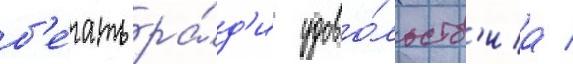
б'е́гать ра́д'и удово́льств'иа /